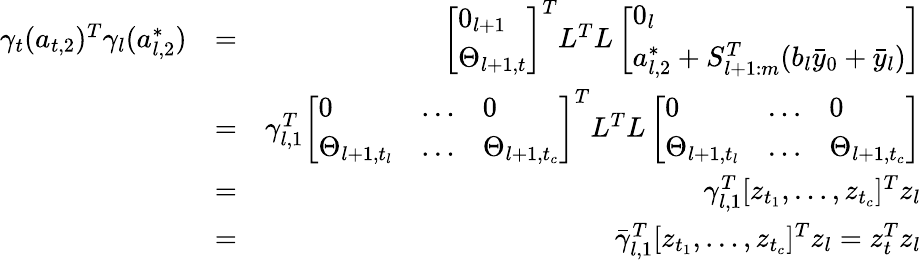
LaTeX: \begin{array}{rlr}{\gamma_{t}(a_{t,2})^{T}\gamma_{l}(a_{l,2}^{*})}&{=}&{\left[\begin{array}{l}{0_{l+1}}\\ {\Theta_{l+1,t}}\end{array}\right]^{T}L^{T}L\left[\begin{array}{l}{0_{l}}\\ {a_{l,2}^{*}+S_{l+1:m}^{T}(b_{l}\bar{y}_{0}+\bar{y}_{l})}\end{array}\right]}\\ &{=}&{\gamma_{l,1}^{T}\left[\begin{array}{lll}{0}&{\dots}&{0}\\ {\Theta_{l+1,t_{l}}}&{\dots}&{\Theta_{l+1,t_{c}}}\end{array}\right]^{T}L^{T}L\left[\begin{array}{lll}{0}&{\dots}&{0}\\ {\Theta_{l+1,t_{l}}}&{\dots}&{\Theta_{l+1,t_{c}}}\end{array}\right]}\\ &{=}&{\gamma_{l,1}^{T}[z_{t_{1}},\dots,z_{t_{c}}]^{T}z_{l}}\\ &{=}&{\bar{\gamma}_{l,1}^{T}[z_{t_{1}},\dots,z_{t_{c}}]^{T}z_{l}=z_{t}^{T}z_{l}}\end{array}